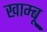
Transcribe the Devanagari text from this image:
खाम्बू